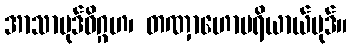
အာသာပုဒ်ဝိဂ္ဂဟ၊ တဏှာဟောပရိယာယ်ပုဒ်။